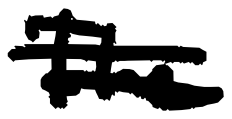
Text: The
Cross-out: double-line
Writing tool: digital_black